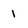
Character: I